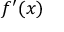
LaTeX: f ^ { \prime } ( x )